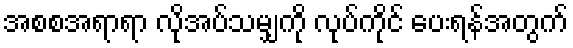
အစစအရာရာ လိုအပ်သမျှကို လုပ်ကိုင် ပေးရန်အတွက်